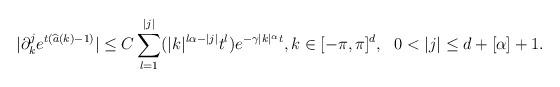
LaTeX: \begin{align*}|\partial^j_ke^{t(\widehat{a}(k)-1)}|\leq C\sum_{l=1}^{|j|}(|k|^{l\alpha-|j|}t^l)e^{-\gamma|k|^\alpha t}, k\in[-\pi,\pi]^d , ~~0<|j|\leq d+[\alpha]+1.\end{align*}